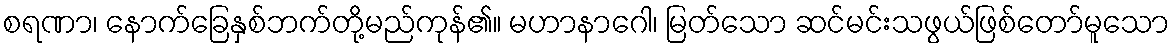
စရဏာ၊ နောက်ခြေနှစ်ဘက်တို့မည်ကုန်၏။ မဟာနာဂေါ၊ မြတ်သော ဆင်မင်းသဖွယ်ဖြစ်တော်မူသော